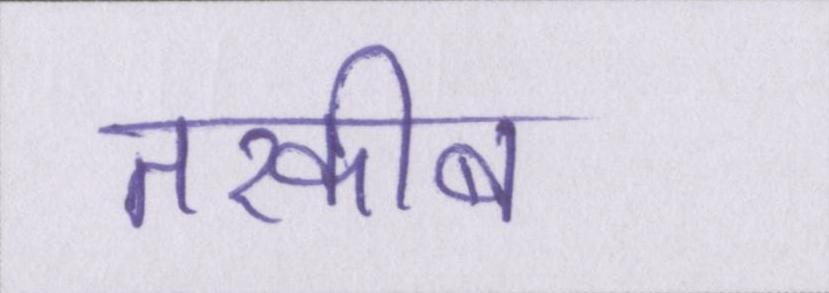
तरकीब